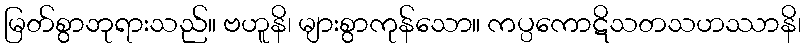
မြတ်စွာဘုရားသည်။ ဗဟူနိ၊ များစွာကုန်သော။ ကပ္ပကောဋိသတသဟဿာနိ၊